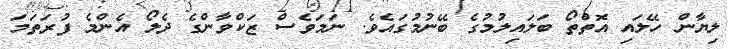
ލިޔާން ހޭލައި އޮތްތޯ ބަލައިލުމުގެ ބޭނުމުގައެވެ. ނަމަވެސް ޒަކްވާންގެ ދެލޯ އެންމެ ފުރަތަމަ